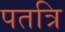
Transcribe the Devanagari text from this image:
पतत्रि